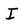
Character: I